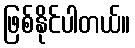
ဖြစ်နိုင်ပါတယ်။